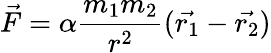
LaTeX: \vec{F}=\alpha\frac{m_{1}m_{2}}{r^{2}}(\vec{r_{1}}-\vec{r_{2}})